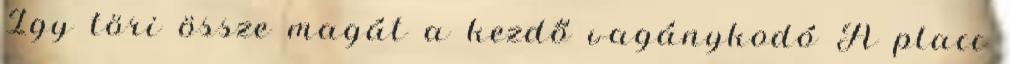
Így töri össze magát a kezdő vagánykodó A placc